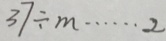
3 7 \div m \cdots 2